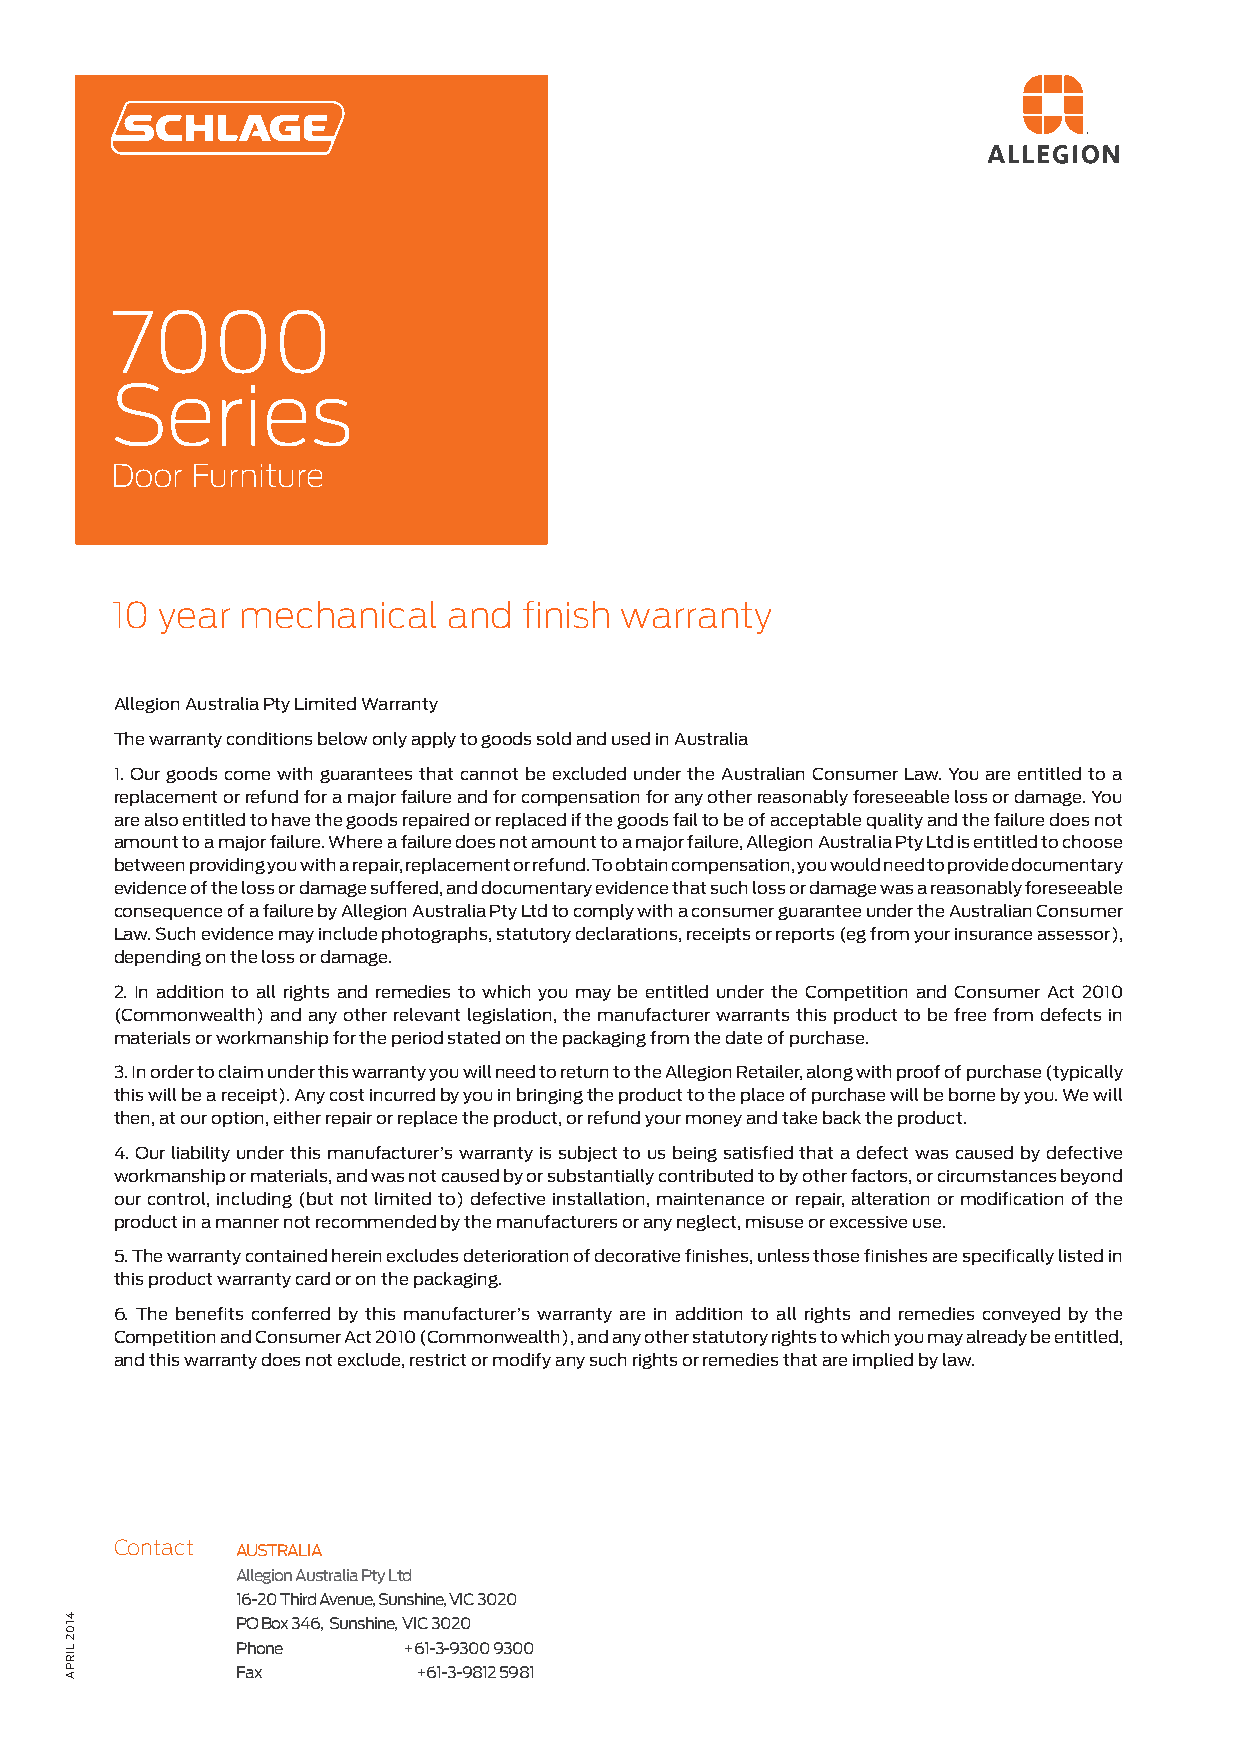
7000
 Series
 Door  Furniture
 10  year mechanical    and  finish warranty
 Allegion Australia Pty Limited Warranty
 The warranty conditions below only apply to goods sold and used in Australia
 1.Our goods come with guarantees that cannot be excluded under the Australian Consumer Law. You are entitled to a
 replacement or refund for a major failure and for compensation for any other reasonably foreseeable loss or damage. You
 are also entitled to have the goods repaired or replaced if the goods fail to be of acceptable quality and the failure does not
 amount to a major failure. Where a failure does not amount to a major failure, Allegion Australia Pty Ltd is entitled to choose
 between providing you with a repair, replacement or refund. To obtain compensation, you would need to provide documentary
 evidence of the loss or damage suffered, and documentary evidence that such loss or damage was a reasonably foreseeable
 consequence of a failure by Allegion Australia Pty Ltd to comply with a consumer guarantee under the Australian Consumer
 Law. Such evidence may include photographs, statutory declarations, receipts or reports (eg from your insurance assessor),
 depending on the loss or damage.
 2. In addition to all rights and remedies to which you may be entitled under the Competition and Consumer Act 2010
 (Commonwealth) and any other relevant legislation, the manufacturer warrants this product to be free from defects in
 materials or workmanship for the period stated on the packaging from the date of purchase.
 3. In order to claim under this warranty you will need to return to the Allegion Retailer, along with proof of purchase (typically
 this will be a receipt). Any cost incurred by you in bringing the product to the place of purchase will be borne by you. We will
 then, at our option, either repair or replace the product, or refund your money and take back the product.
 4.Our liability under this manufacturer’s warranty is subject to us being satisfied that a defect was caused by defective
 workmanship or materials, and was not caused by or substantially contributed to by other factors, or circumstances beyond
 our control, including (but not limited to) defective installation, maintenance or repair, alteration or modification of the
 product in a manner not recommended by the manufacturers or any neglect, misuse or excessive use.
 5. The warranty contained herein excludes deterioration of decorative finishes, unless those finishes are specifically listed in
 this product warranty card or on the packaging.
 6. The benefits conferred by this manufacturer’s warranty are in addition to all rights and remedies conveyed by the
 Competition and Consumer Act 2010 (Commonwealth), and any other statutory rights to which you may already be entitled,
 and this warranty does not exclude, restrict or modify any such rights or remedies that are implied by law.
 Contact AUSTRALIA
 Allegion Australia Pty Ltd
 16-20 Third Avenue, Sunshine, VIC 3020
 PO Box 346, Sunshine, VIC 3020
 Phone      +61-3-9300 9300
 Fax         +61-3-9812 5981
 4102
 LIRPA